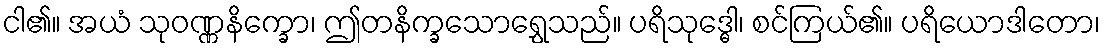
ငါ၏။ အယံ သုဝဏ္ဏနိက္ခော၊ ဤတနိက္ခသောရွှေသည်။ ပရိသုဒ္ဓေါ၊ စင်ကြယ်၏။ ပရိယောဒါတော၊